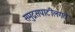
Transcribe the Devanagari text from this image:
समुद्रसपाटीलगत